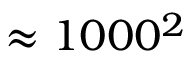
\approx 1 0 0 0 ^ { 2 }